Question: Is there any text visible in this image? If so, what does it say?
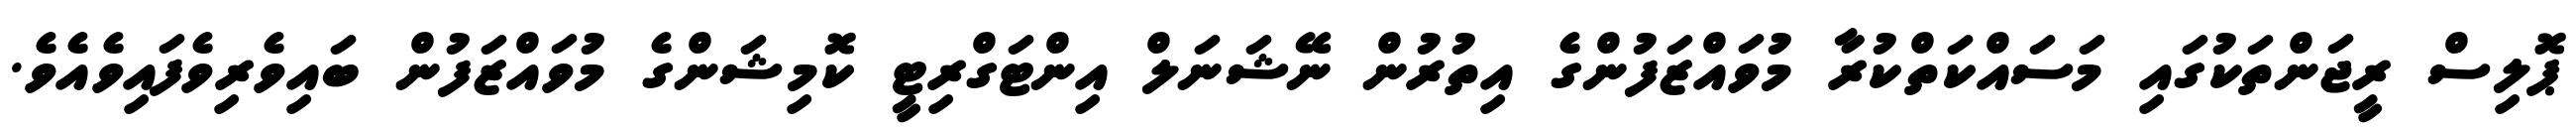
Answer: ޕޮލިސް ރީޖަންތަކުގައި މަސައްކަތްކުރާ މުވައްޒަފުންގެ އިތުރުން ނޭޝަނަލް އިންޓަގްރިޓީ ކޮމިޝަންގެ މުވައްޒަފުން ބައިވެރިވެފައިވެއެވެ.